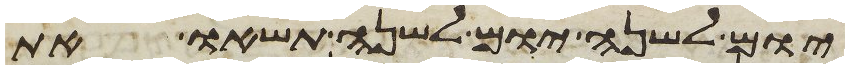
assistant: יום לשנה יום לשנה תשאו את